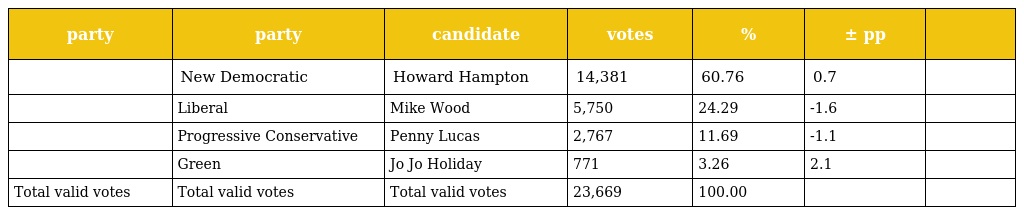
| party | party | candidate | votes | % | ± pp |  |
 | --- | --- | --- | --- | --- | --- | --- |
 |  | New Democratic | Howard Hampton | 14,381 | 60.76 | 0.7 |  |
 |  | Liberal | Mike Wood | 5,750 | 24.29 | -1.6 |  |
 |  | Progressive Conservative | Penny Lucas | 2,767 | 11.69 | -1.1 |  |
 |  | Green | Jo Jo Holiday | 771 | 3.26 | 2.1 |  |
 | Total valid votes | Total valid votes | Total valid votes | 23,669 | 100.00 |  |  |